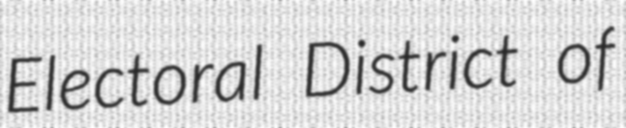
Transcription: Electoral District of